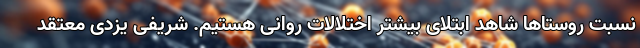
نسبت روستاها شاهد ابتلای بیشتر اختلالات روانی هستیم. شریفی یزدی معتقد